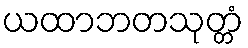
ယထာဘတသုတ္တံ